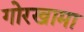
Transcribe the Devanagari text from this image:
गोरखामा